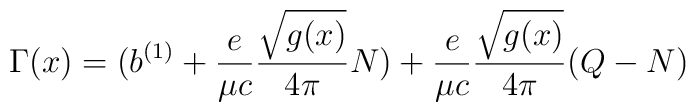
\Gamma(x) =(b^{(1)} + {e \over \mu c}{\sqrt{g(x)}\over 4\pi}N) + {e \over \mu c}{\sqrt{g(x)}\over 4\pi}(Q-N)